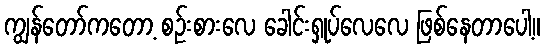
ကျွန်တော်ကတော့ စဉ်းစားလေ ခေါင်းရှုပ်လေလေ ဖြစ်နေတာပေါ့။